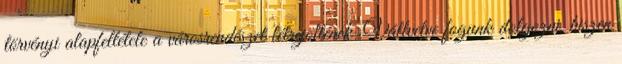
törvényi alapfeltétele a városrendészet létrejöttének. Vállvetve fogunk dolgozni, hiszen